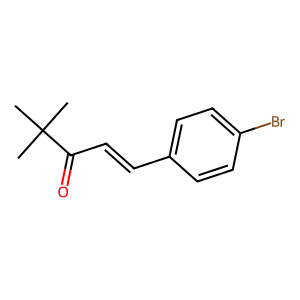
SMILES: CC(C)(C)C(=O)C=Cc1ccc(Br)cc1
Inhibits HIV replication: No